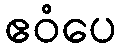
ဧဝံပေ